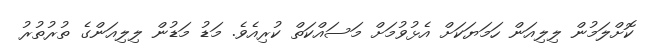
ކޮށްލަމުން ލިލިއަން ހަމަޔަކަށް އެޅުވުމަށް މަސައްކަތް ކުރިއެވެ. މަޑު މަޑުން ލިލިއަންގެ ތުރުތުރު